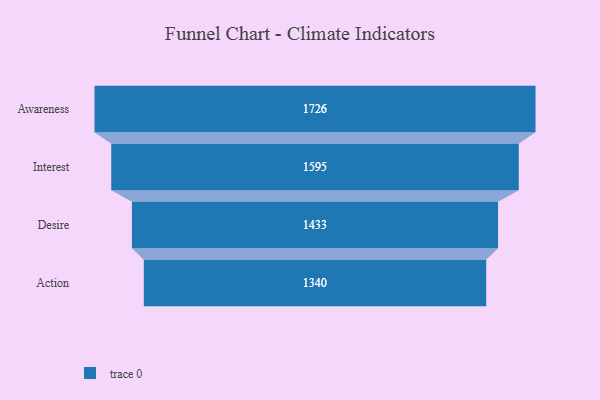
{"axis": {"x": "Stage", "y": "Value"}, "legend": [""], "data": [{"x": "Awareness", "y": 1726.0, "type": ""}, {"x": "Interest", "y": 1595.0, "type": ""}, {"x": "Desire", "y": 1433.0, "type": ""}, {"x": "Action", "y": 1340.0, "type": ""}]}